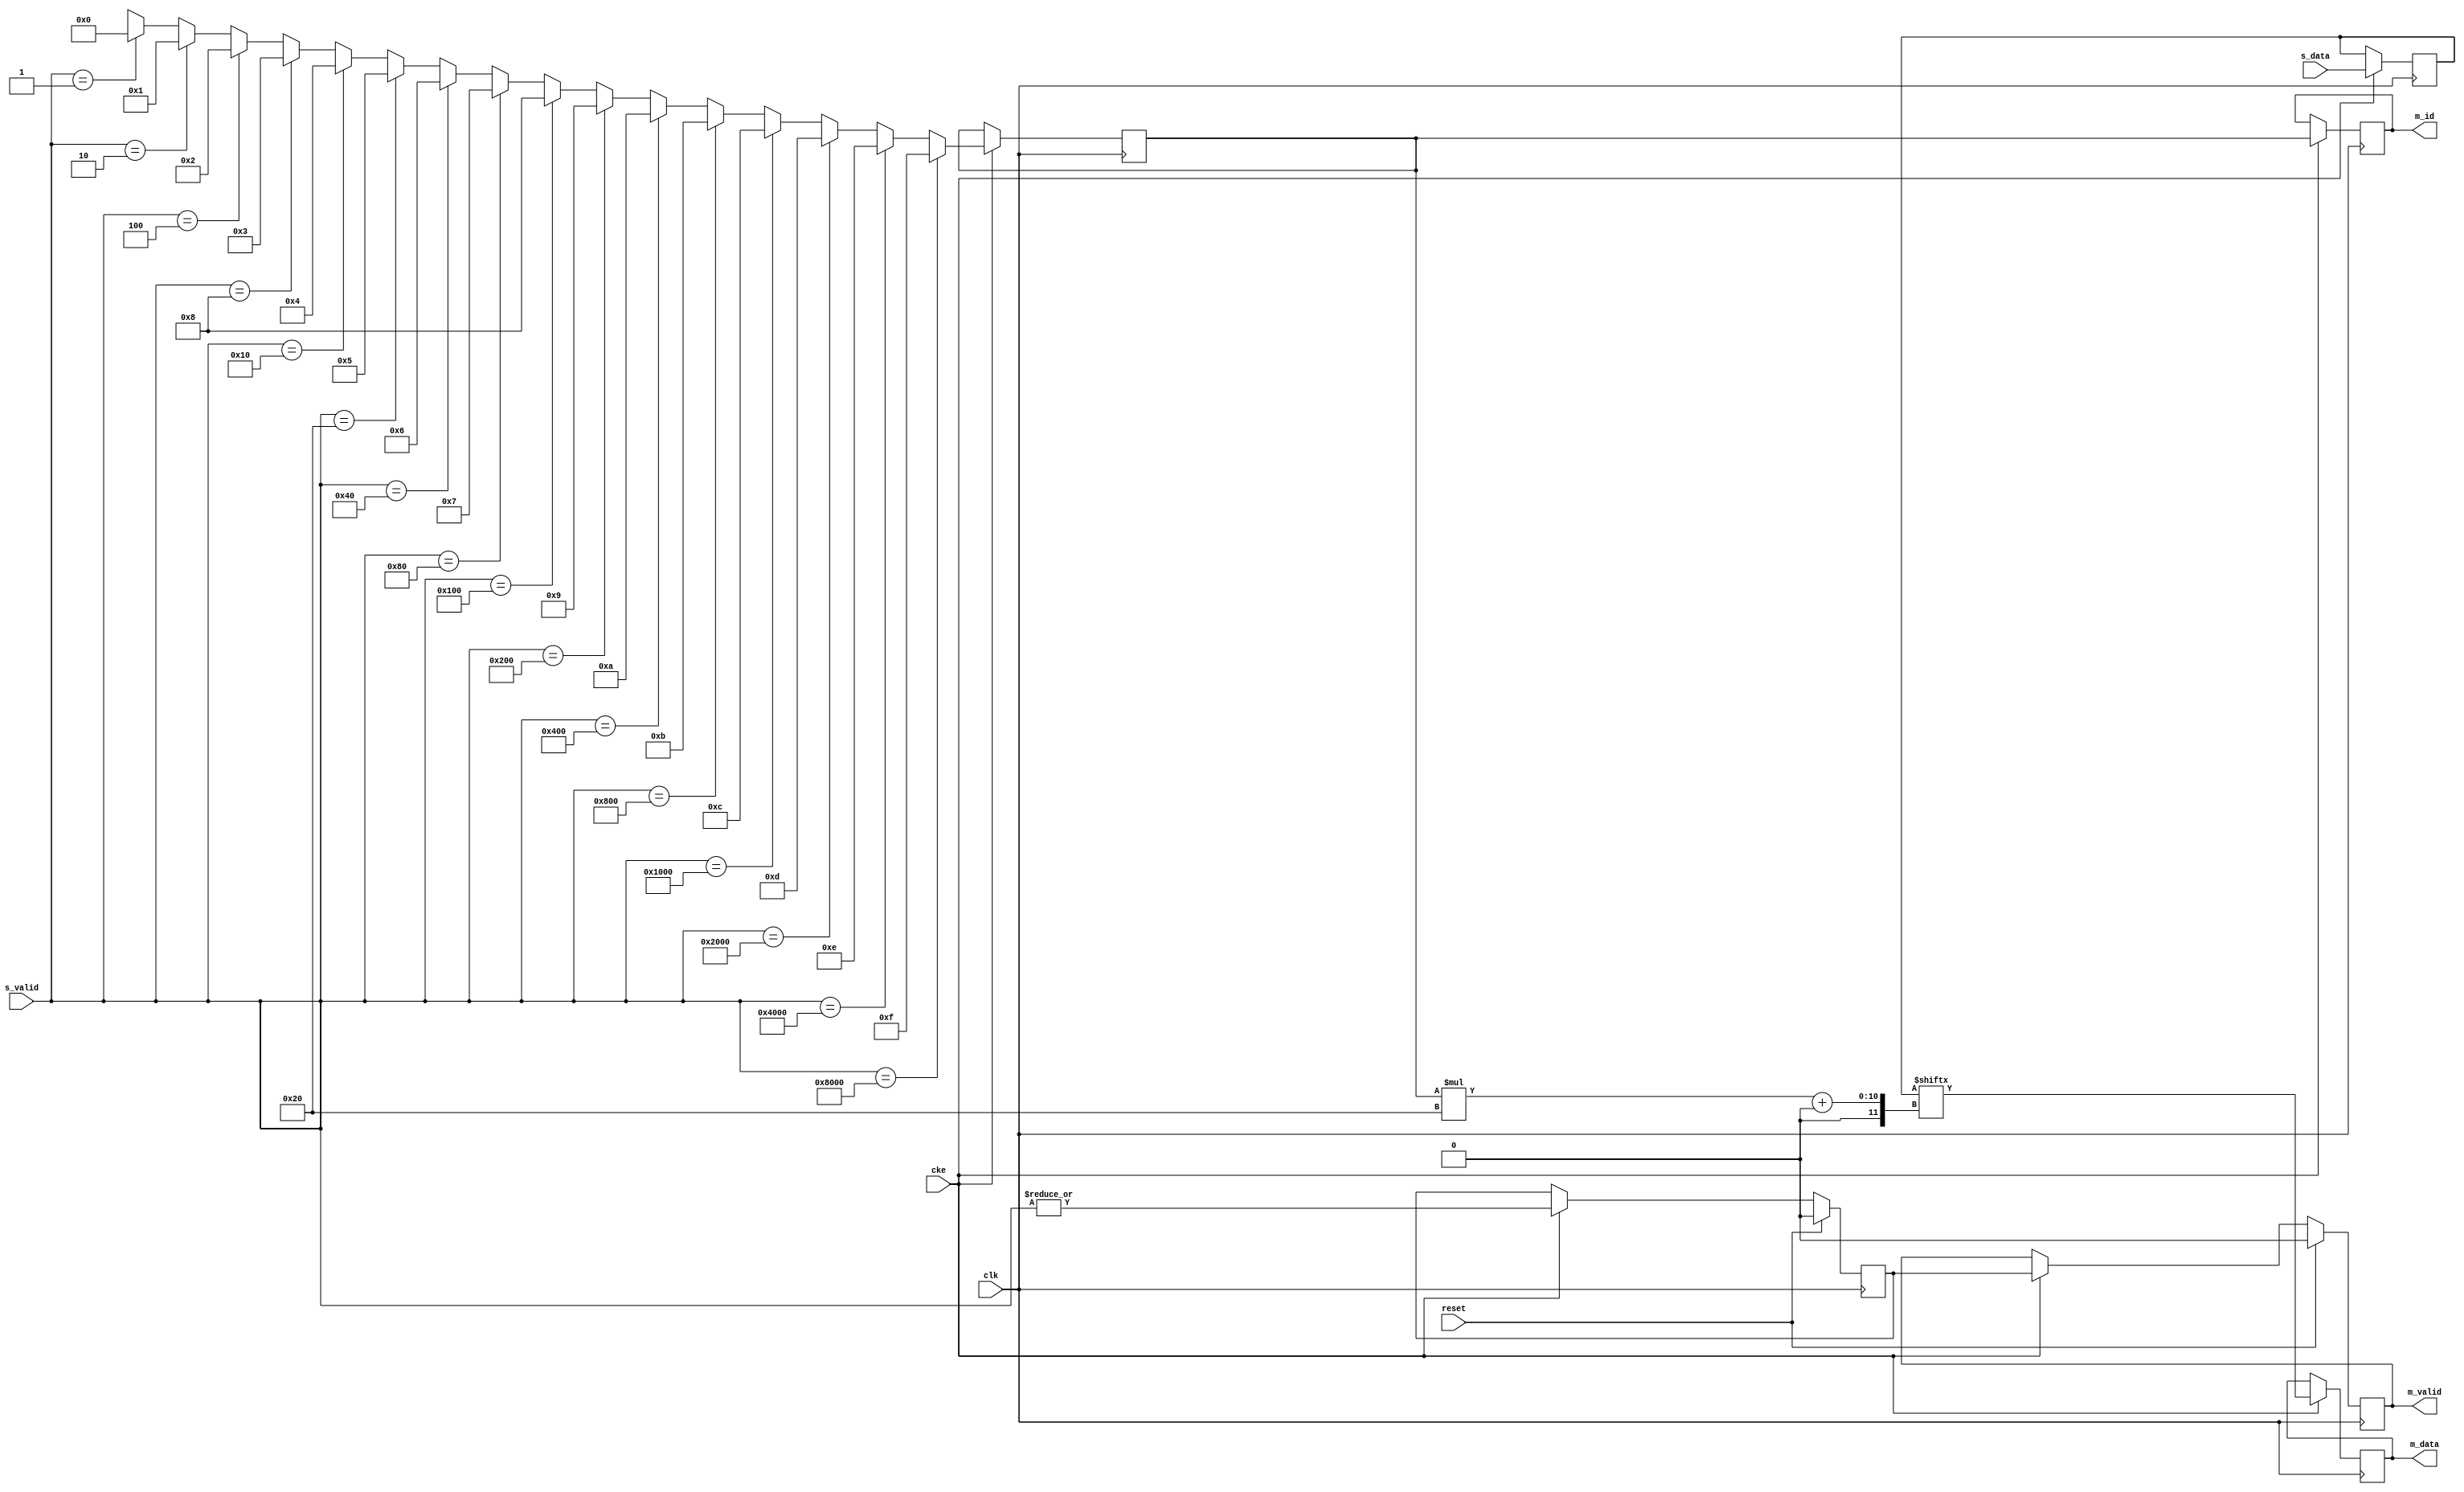
module jelly_data_joint_simple
        #(
            parameter   NUM         = 16,
            parameter   ID_WIDTH    = 4,
            parameter   DATA_WIDTH  = 32
        )
        (
            input   wire                            reset,
            input   wire                            clk,
            input   wire                            cke,
            
            input   wire    [NUM*DATA_WIDTH-1:0]    s_data,
            input   wire    [NUM-1:0]               s_valid,
            
            output  wire    [ID_WIDTH-1:0]          m_id,
            output  wire    [DATA_WIDTH-1:0]        m_data,
            output  wire                            m_valid
        );
    
    
    integer                         i;
    
    reg     [NUM*DATA_WIDTH-1:0]    st0_data;
    reg     [ID_WIDTH-1:0]          st0_id;
    reg                             st0_valid;
    
    reg     [ID_WIDTH-1:0]          st1_id;
    reg     [DATA_WIDTH-1:0]        st1_data;
    reg                             st1_valid;
    
    always @(posedge clk) begin
        if ( cke ) begin
            // stage 0
            st0_data <= s_data;
            st0_id <= {ID_WIDTH{1'bx}};
            for ( i = 0; i < NUM; i = i+1 ) begin
                // parallel_case, full_case
                if ( s_valid == ({{(NUM-1){1'b0}}, 1'b1} << i) ) begin
                    st0_id <= i;
                end
            end
            
            
            // stage 1
            st1_data <= st0_data[st0_id*DATA_WIDTH +: DATA_WIDTH];
            st1_id   <= st0_id;
        end
    end
    
    always @(posedge clk) begin
        if ( reset ) begin
            st0_valid <= 1'b0;
            st1_valid <= 1'b0;
        end
        else if ( cke ) begin
            st0_valid <= |s_valid;
            st1_valid <= st0_valid;
        end
    end
    
    assign m_id    = st1_id;
    assign m_data  = st1_data;
    assign m_valid = st1_valid;
    
endmodule